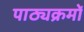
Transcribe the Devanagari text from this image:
पाठ्यक्रमोँ